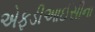
એફડીઆઈસીના